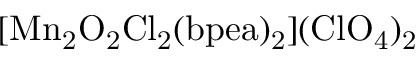
\mathrm { \small { [ M n _ { 2 } O _ { 2 } C l _ { 2 } ( b p e a ) _ { 2 } ] ( C l O _ { 4 } ) _ { 2 } } }